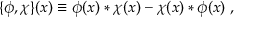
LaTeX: \{ \phi , \chi \} ( x ) \equiv \phi ( x ) * \chi ( x ) - \chi ( x ) * \phi ( x ) \; ,